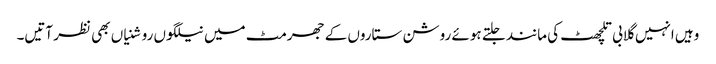
وہیں انہیں گلابی تلچھٹ کی مانند جلتے ہوئے روشن ستاروں کے جھرمٹ میں نیلگوں روشنیاں بھی نظر آتیں۔